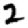
Digit: 2